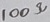
Text: 100Ω